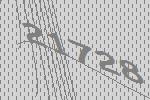
21728